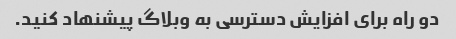
دو راه برای افزایش دسترسی به وبلاگ پیشنهاد کنید.